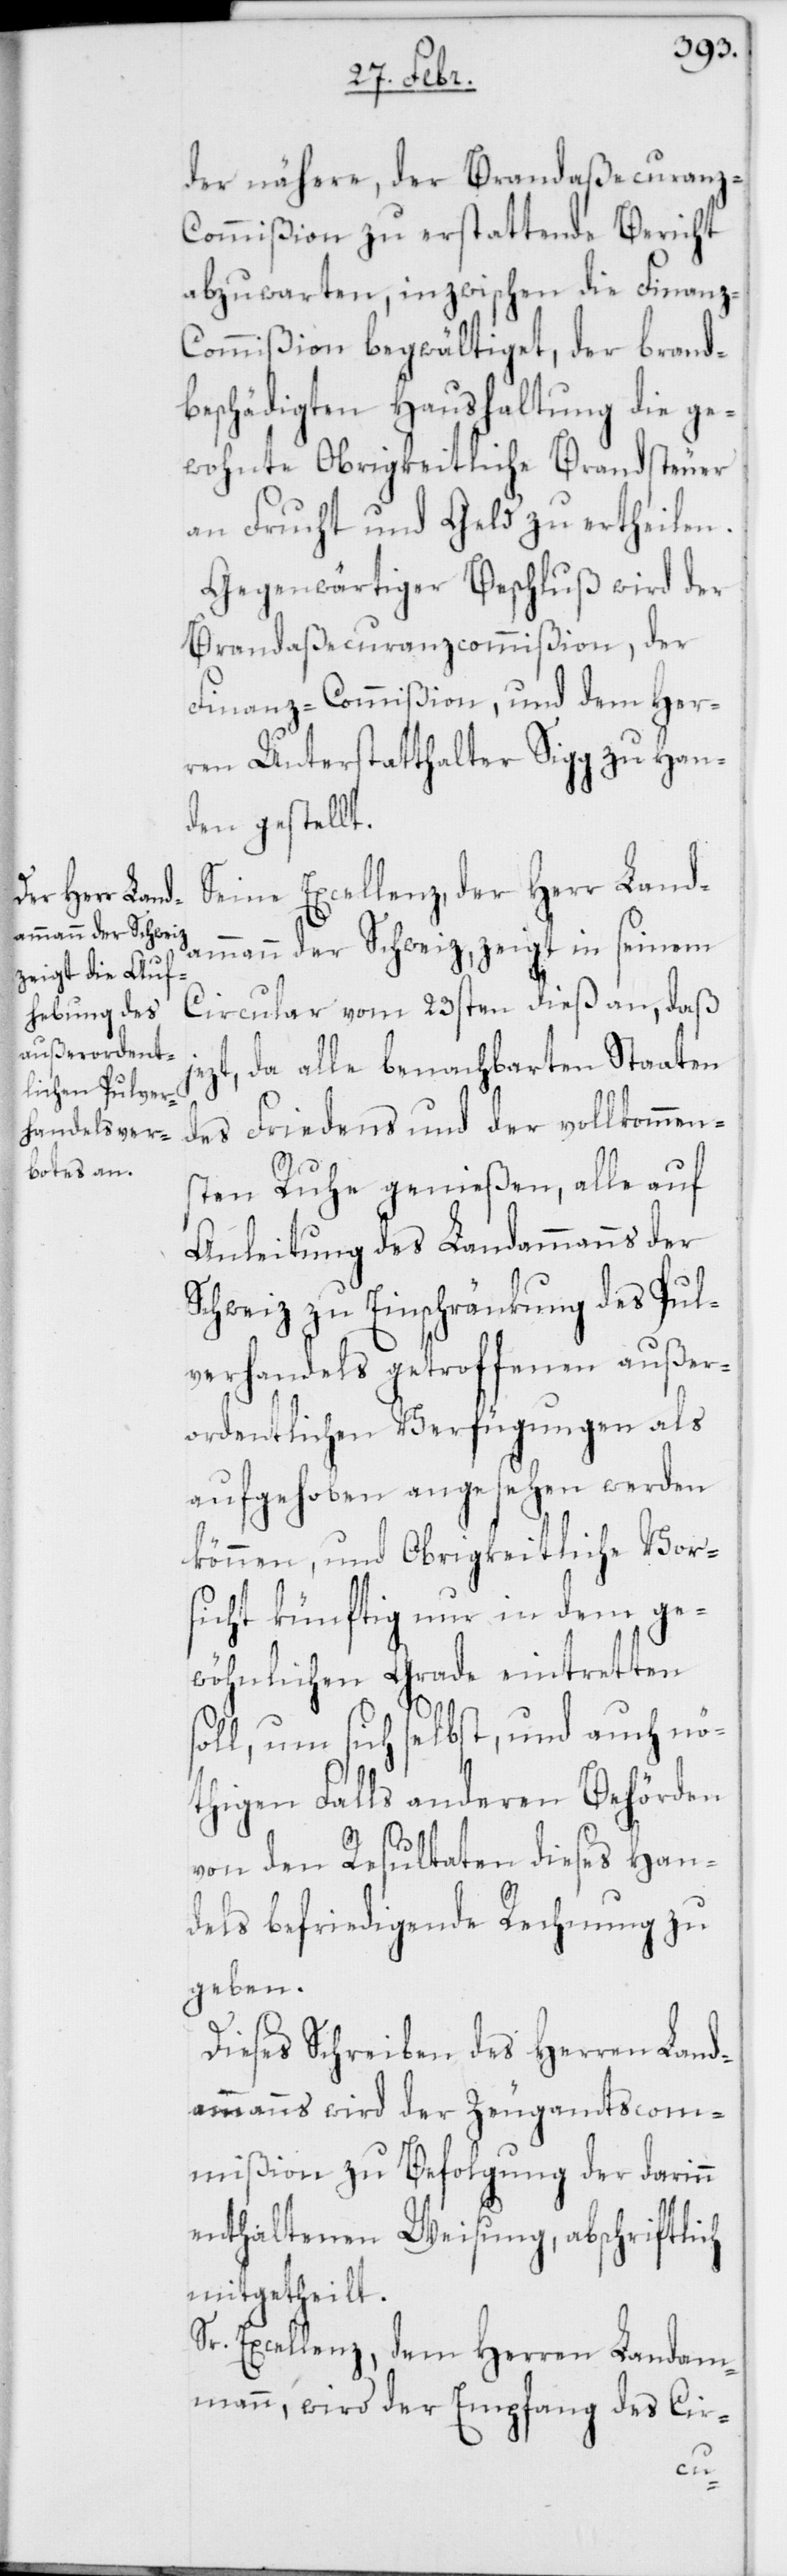
der nähere, der Brandaßecuranz-C¬
ommißion zu erstattende Bericht
abzuwarten, inzwischen die Finanz-C¬
ommißion begwältiget, der brand¬
beschädigten Haushaltung die ge¬
wohnte Obrigkeitliche Brandsteuer
an Frucht und Geld zu ertheilen.
Gegenwärtiger Beschluß wird der
Brandaßecuranzcommißion, der
Finanz-Commißion, und dem Her¬
ren Unterstatthalter Sigg zu Han¬
den gestellt.
Seine Excellenz, der Herr Land¬
ammann der Schweiz, zeigt in seinem
Circular vom 23sten dieß an, daß
ezt, da alle benachbarten Staaten
des Friedens und der vollkommen¬
sten Ruhe genießen, alle auf
Anleitung des Landammanns der
Schweiz zu Einschränkung des Pul¬
verhandels getroffenen außer¬
ordentlichen Verfügungen als
aufgehoben angesehen werden
können, und Obrigkeitliche Vor¬
sicht künftig nur in dem ge¬
wöhnlichen Grade eintretten
soll, um sich selbst, und auch nö¬
thigen Falls anderen Behörden
von den Resultaten dieses Han¬
dels befriedigende Rechnung zu
geben.
Dieses Schreiben des Herren Land¬
ammanns wird der Zeugamtscom¬
mißion zu Befolgung der darinn
enthaltenen Weisung, abschriftlich
mitgetheilt.
Sr. Excellenz, dem Herren Landam¬
mann, wird der Empfang des Cir-
j¬